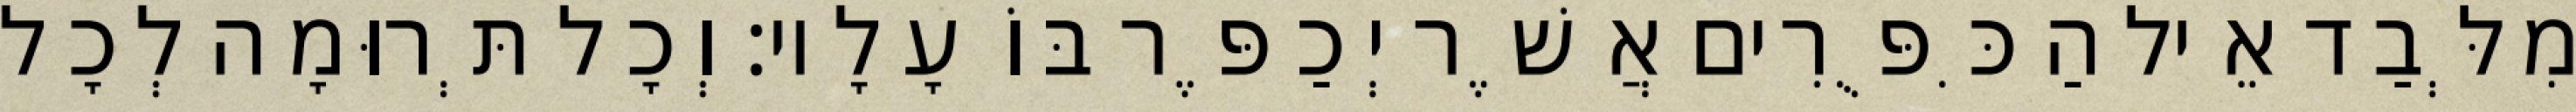
מִלְּבַד אֵיל הַכִּפֻּרִים אֲשֶׁר יְכַפֶּר בּוֹ עָלָיו׃ וְכָל תְּרוּמָה לְכָל